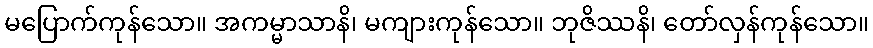
မပြောက်ကုန်သော။ အကမ္မာသာနိ၊ မကျားကုန်သော။ ဘုဇိဿနိ၊ တော်လှန်ကုန်သော။